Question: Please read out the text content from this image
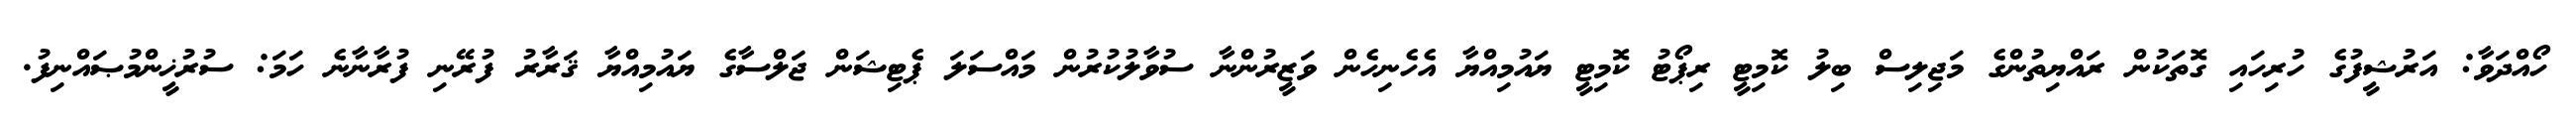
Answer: ހޯއްދަވާ: އަރުޝީފުގެ ހުރިހައި ގޮތަކުން ރައްޔިތުންގެ މަޖިލިސް ބިލު ކޮމިޓީ ރިޕޯޓު ކޮމިޓީ ޔައުމިއްޔާ އެހެނިހެން ވަޒީރުންނާ ސުވާލުކުރުން މައްސަލަ ޕެޓިޝަން ޖަލްސާގެ ޔައުމިއްޔާ ޤަރާރު ފުރޭނި ފުރާނާނެ ހަމަ: ސުރުޚީންމުޞައްނިފު.